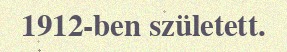
1912-ben született.